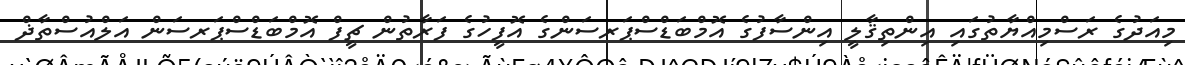
މިއަދުގެ ރަސްމިއްޔާތުގައި އިންތިޤާލީ އިންސާފުގެ އޮމްބަޑްސްޕަރސަންގެ އޮފީހުގެ ފަރާތުން ޗީފް އޮމްބަޑްސްޕަރސަން އަލްއުސްތާޛް